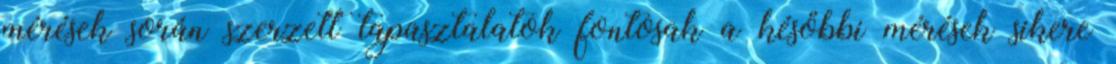
mérések során szerzett tapasztalatok fontosak a későbbi mérések sikere